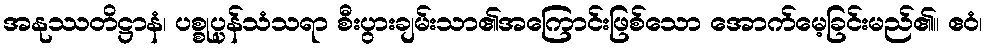
အနုဿတိဋ္ဌာနံ၊ ပစ္စုပ္ပန်သံသရာ စီးပွားချမ်းသာ၏အကြောင်းဖြစ်သော အောက်မေ့ခြင်းမည်၏။ ဧဝံ၊